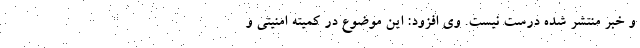
و خبر منتشر شده درست نیست. وی افزود: این موضوع در کمیته امنیتی و